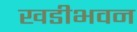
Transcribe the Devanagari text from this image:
खडीभवन